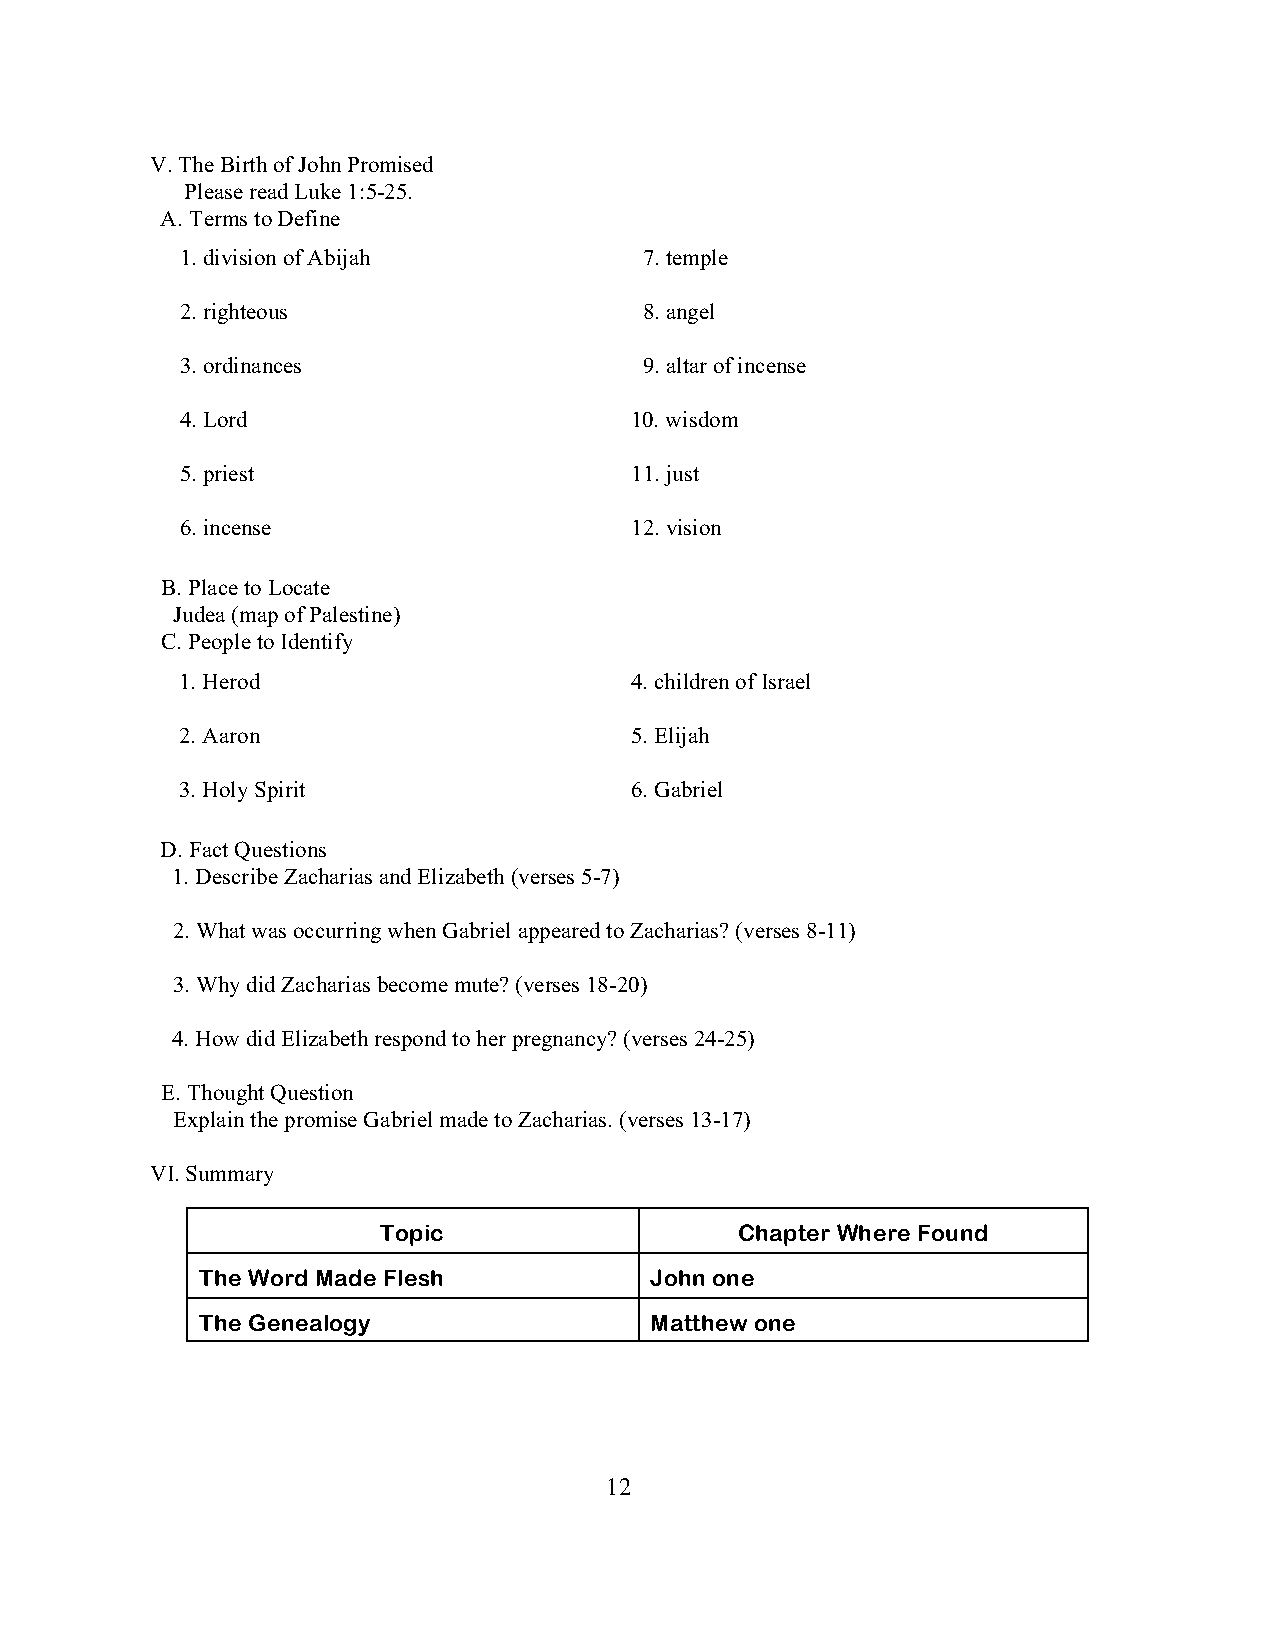
V. The Birth of John Promised
 Please read Luke 1:5-25.
 A. Terms to Define
 1. division of Abijah          7. temple
 2. righteous                   8. angel
 3. ordinances                  9. altar of incense
 4. Lord                       10. wisdom
 5. priest                     11. just
 6. incense                    12. vision
 B. Place to Locate
 Judea (map of Palestine)
 C. People to Identify
 1. Herod                      4. children of Israel
 2. Aaron                      5. Elijah
 3. Holy Spirit                6. Gabriel
 D. Fact Questions
 1. Describe Zacharias and Elizabeth (verses 5-7)
 2. What was occurring when Gabriel appeared to Zacharias? (verses 8-11)
 3. Why did Zacharias become mute? (verses 18-20)
 4. How did Elizabeth respond to her pregnancy? (verses 24-25)
 E. Thought Question
 Explain the promise Gabriel made to Zacharias. (verses 13-17)
 VI. Summary
 Topic                   Chapter Where Found
 The Word Made Flesh           John one
 The Genealogy                 Matthew one
 12